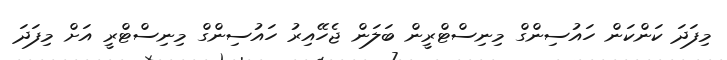
މިފަދަ ކަންކަން ހައުސިންގް މިނިސްޓްރީން ބަލަން ޖެހޭއިރު ހައުސިންގް މިނިސްޓްރީ އަށް މިފަދަ